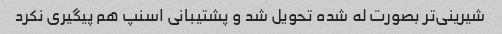
شیرینی‌تر بصورت له شده تحویل شد و پشتیبانی اسنپ هم پیگیری نکرد